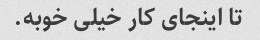
تا اینجای کار خیلی خوبه.